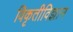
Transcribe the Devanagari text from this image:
विकृतीविज्ञान